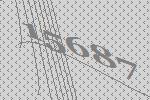
15687